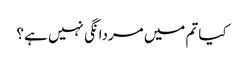
کیا تم میں مردانگی نہیں ہے ؟